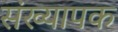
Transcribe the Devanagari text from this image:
संख्यापक